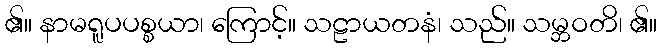
၏။ နာမရူပပစ္စယာ၊ ကြောင့်။ သဠာယတနံ၊ သည်။ သမ္ဘဝတိ၊ ၏။